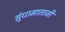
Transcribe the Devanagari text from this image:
सुंधामाताजी